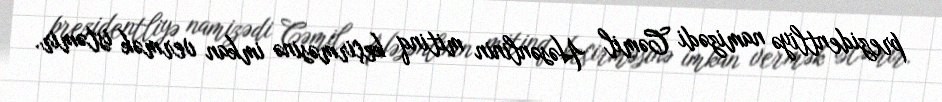
prezidentliyə namizədi Cəmil Həsənlinin mitinq keçirməsinə imkan vermək istəmir.